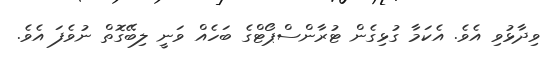
ވިދާޅުވި އެވެ. އެކަމާ ގުޅިގެން ޓުރާންސްޕޯޓްގެ ބަހެއް ވަނީ ލިބޭގޮތް ނުވެފަ އެވެ.